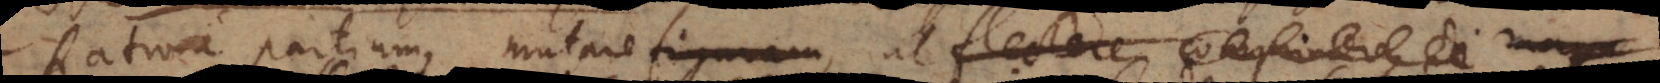
Ratione partium, mutare figuram, ut flectere, comprimere, di magn